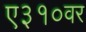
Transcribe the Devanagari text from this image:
ए३१०वर